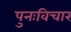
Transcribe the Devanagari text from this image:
पुनःविचार